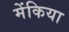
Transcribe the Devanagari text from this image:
मेंकिया